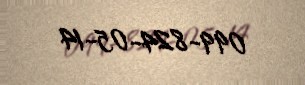
099-824-05-14